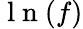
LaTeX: \mathrm{~l~n~}(f)